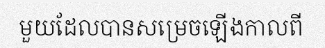
មួយដែលបានសម្រេចឡើងកាលពី